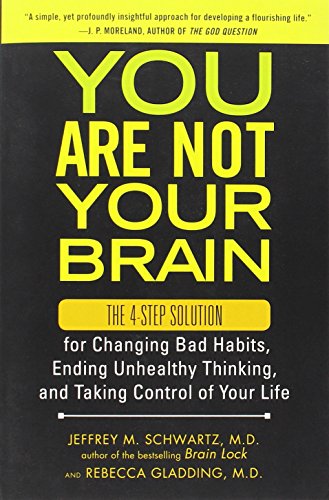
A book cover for You Are Not Your Brain: The 4-Step Solution for Changing Bad Habits, Ending Unhealthy Thinking, and Taking Control of Your Life; Jeffrey M. Schwartz; Health, Fitness & Dieting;